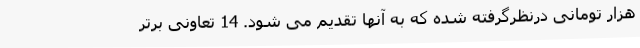
هزار تومانی درنظرگرفته شده که به آنها تقدیم می شود. 14 تعاونی برتر